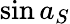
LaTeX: \sin a_{S}